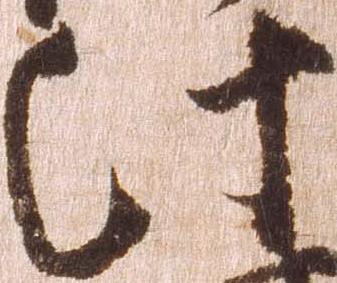
此